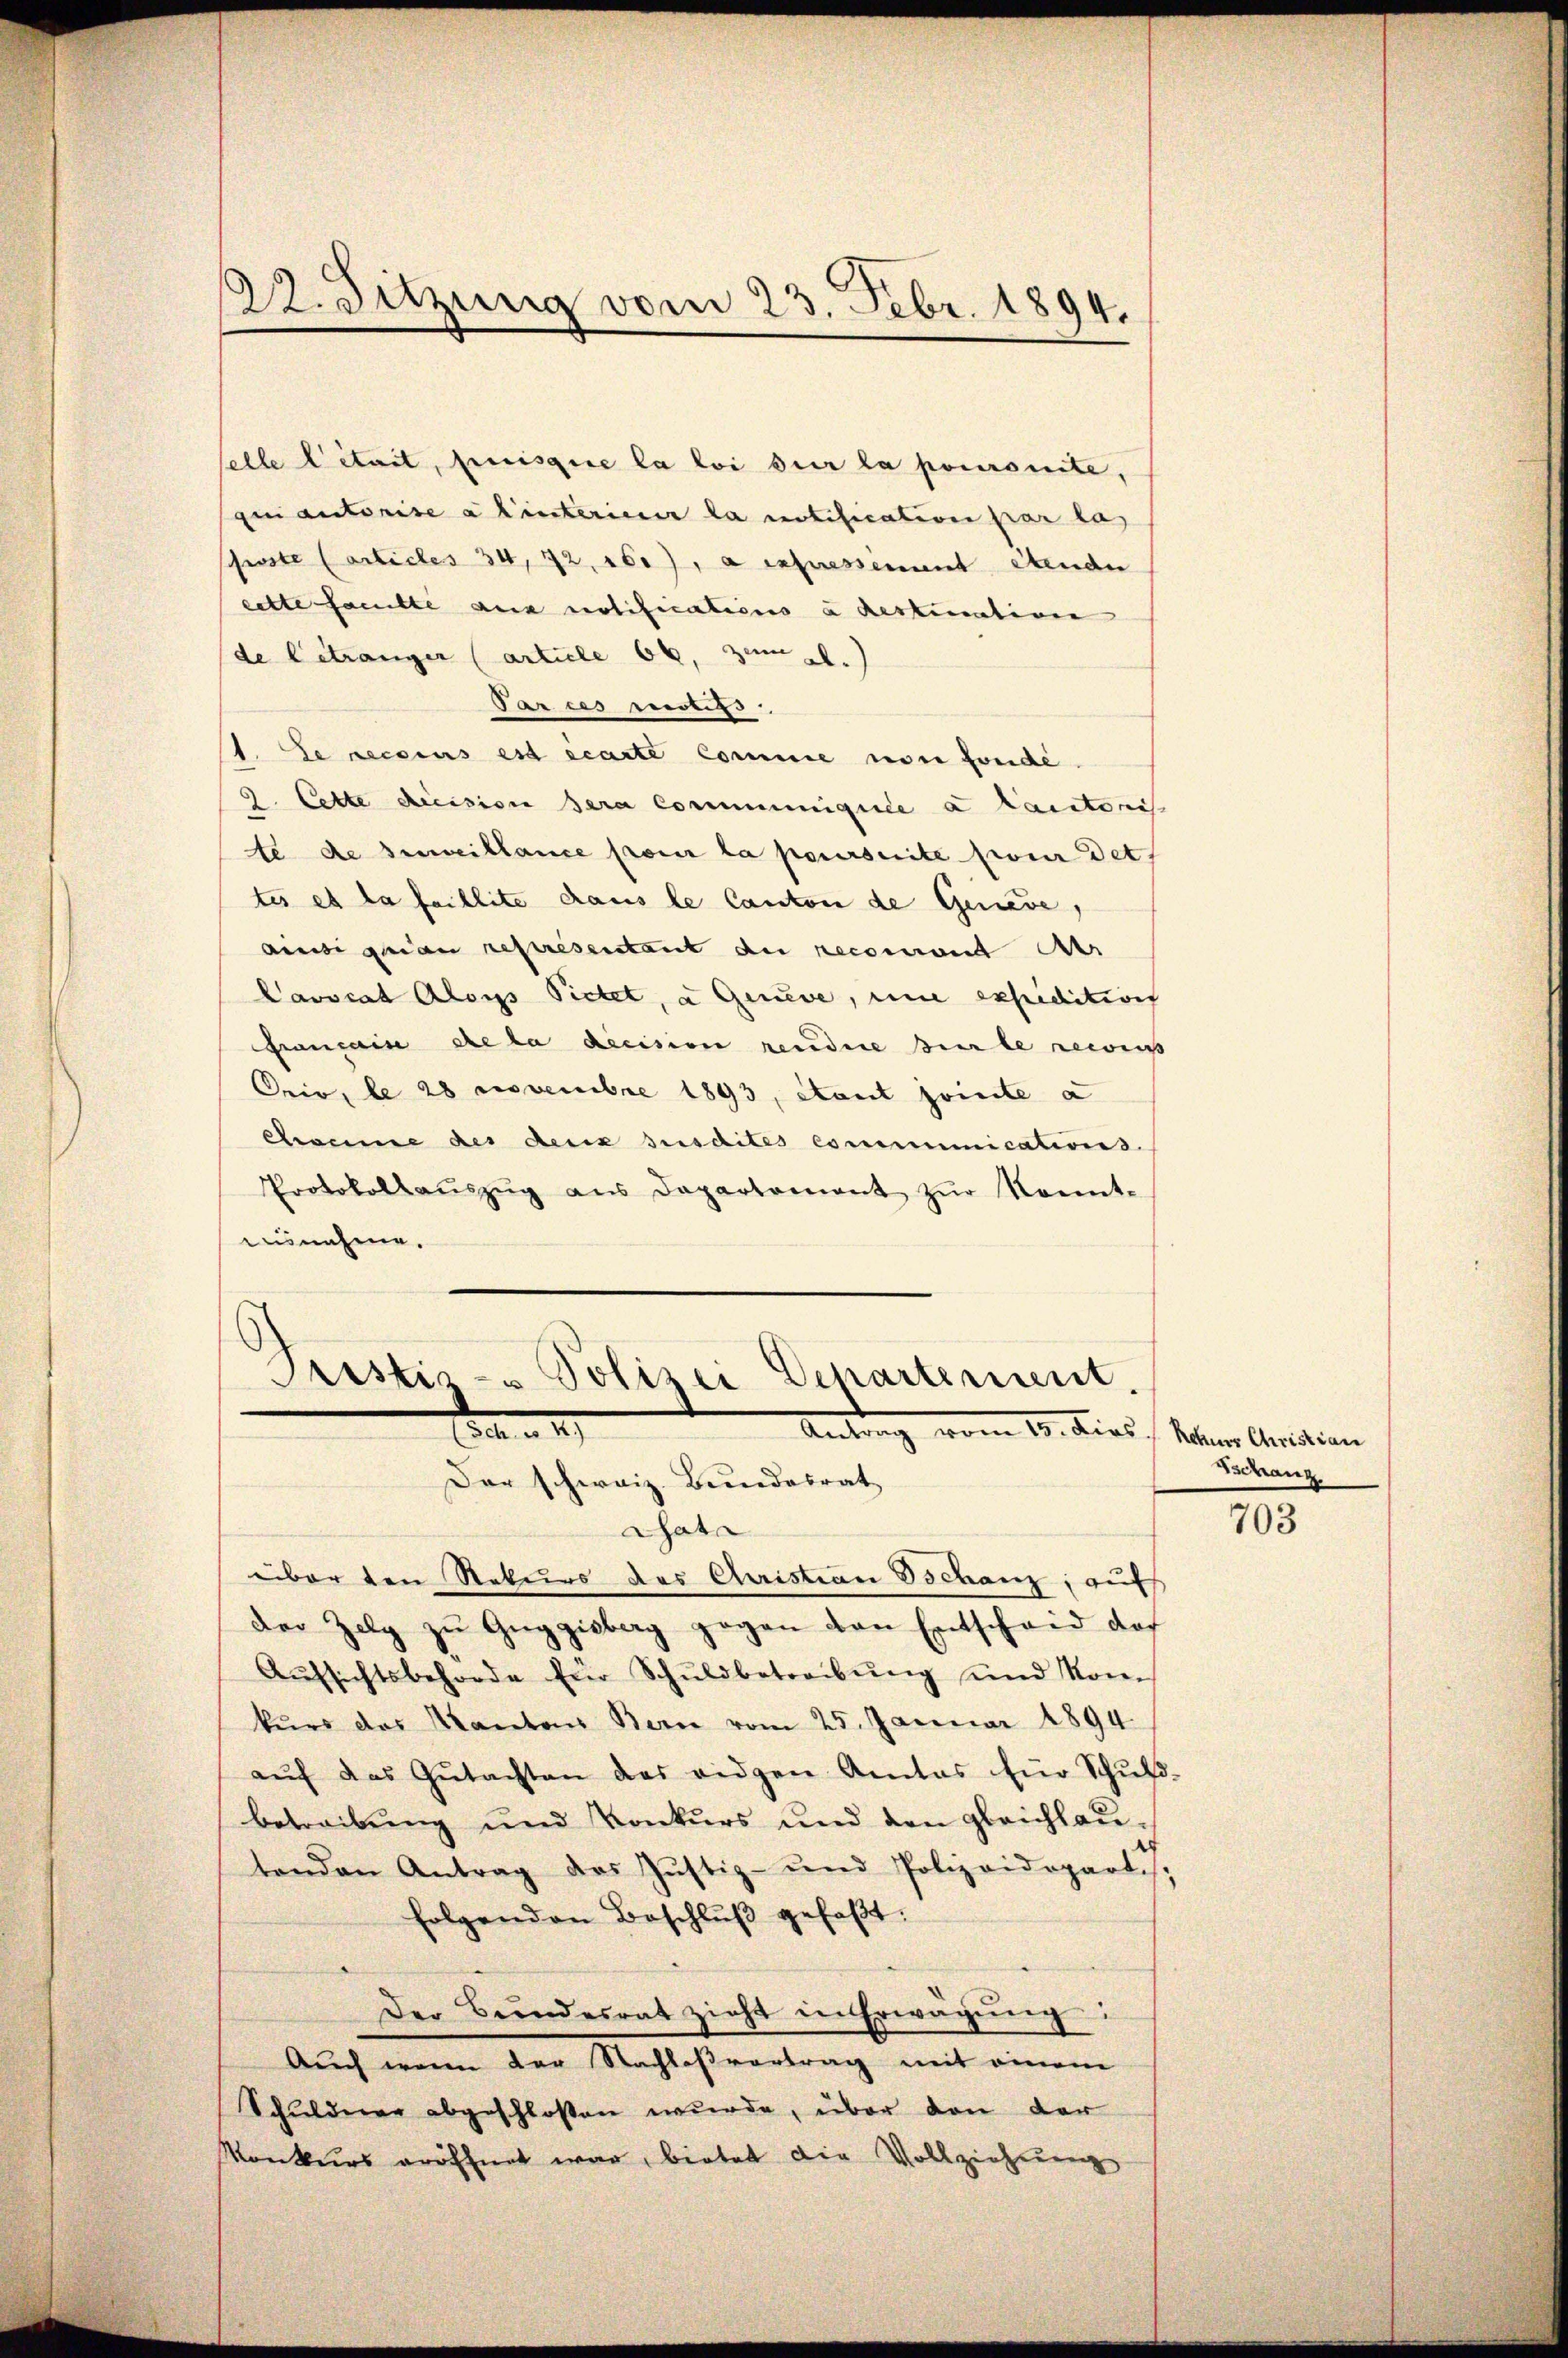
elle Citait, puisque la loi sur la pocomite,
qui autorise a hinterie la notification par las
schwiste Carticles 34, 72, 160), a expressement étende
eitte famille aus notifications à destination
de Betranger (article 68, zum 21.)
Parces motifs
1. Le reccius est écarte Comme von fonde
9. Cette decision sera Communiguile a Cantonis
te de Zuweillance pour la poursuite pour det
tes et la faillite dans le Canton de Geneve,
ani garan représentant du recomant Ar
Cavocat Aloys Pietet, a Geneve, eine expeditions
Gremain de la decision rendere Ziele recess
Oriv, le 28 Novembre 1893, stant jointe a
ewinne des deux susdites communications.
Protokolaŭszŭg aŭs Departament zŭr Konnt-
ausnahme.

22. Sitzung vom 23. Febr. 1894.

Pristiz - Polizei Departement.
1
Antrag vom 10. Dies Sehner Ansation
Der schweiz. Bundesrat

Cata
über den Rekurs des Christian Bchanz, auf
der Zelg zŭ Gŭggisberg gegen den Entscheid do
Aŭfsichtsbehörde für Schŭldbetreibŭng und kom
kurs das Kantons Bern vom 25. Januar 1894.
aŭf das Gŭtachten das viden Amtes für Schŭld-
betreibŭng und Konkŭrs und den gleichhaŭ-
tenden Antrag des Jŭstiz- und Polizeidepart. 7.
folgenden Beschlŭβ gefaßt:
Der Bundesrat zieht in Erwägŭng.
Aŭch wenn der Nachlaβvertrag mit einem
Schuldner abgeschlossen wurde, über von der
Konkurs eröffnet war, bietet die Vollziehung

Schanz

703